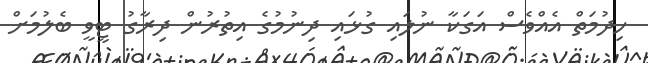
ހިދުމަތް އެއްވެސް އަގަކާ ނުލައި ގުޅައި ދިނުމުގެ އިތުރުން ދިރާގު ޓީވީ ބެލުމަށް